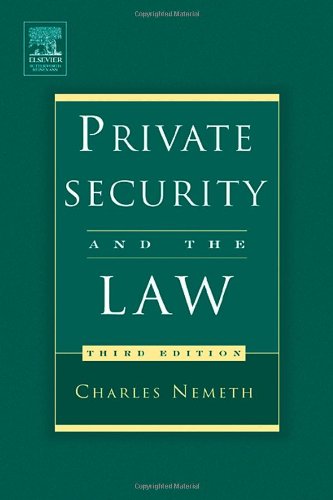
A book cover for Private Security and the Law, Third Edition; Charles Nemeth JD  Ph.D.  LL.M; Law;